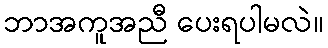
ဘာအကူအညီ ပေးရပါမလဲ။